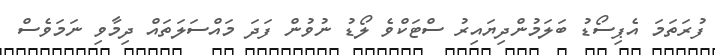
ފުރަތަމަ އެޕިސޯޑު ބަލަމުންދިޔައިރު ސްޓަކްވެ ލޯޑު ނުވުން ފަދަ މައްސަލަތައް ދިމާވި ނަމަވެސް